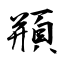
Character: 頩